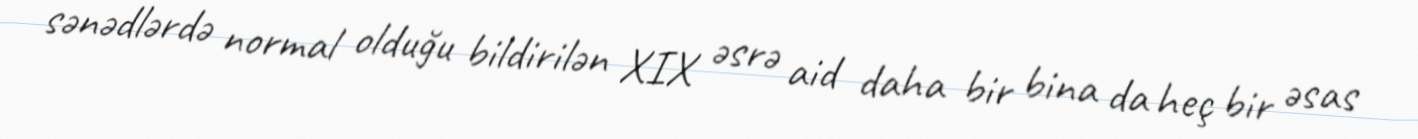
sənədlərdə normal olduğu bildirilən XIX əsrə aid daha bir bina da heç bir əsas